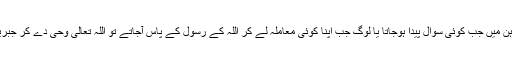
نزول وحی کے وقت اس کی ایک شکل یہ تھی کہ عام لوگوں کے ذہن میں جب کوئی سوال پیدا ہوجاتا یا لوگ جب اپنا کوئی معاملہ لے کر اللہ کے رسول کے پاس آجاتے تو اللہ تعالیٰ وحی دے کر جبریل امین کو بھیجتے اور اپنے بندوں کی پکار کا علانیہ جواب دیتے۔